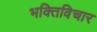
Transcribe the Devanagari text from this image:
भक्तिविचार